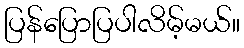
ပြန်ပြောပြပါလိမ့်မယ်။